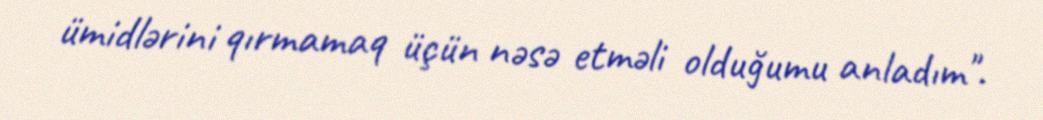
ümidlərini qırmamaq üçün nəsə etməli olduğumu anladım".